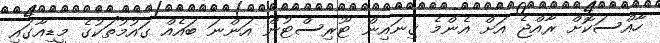
ހާއްސަކޮށް ރާއްޖެ އަށް އެންމެ ގިނައިން ޓޫރިސްޓުން އަންނަ ބައެއް ގައުމުތަކުގެ މީޑިއާގައި